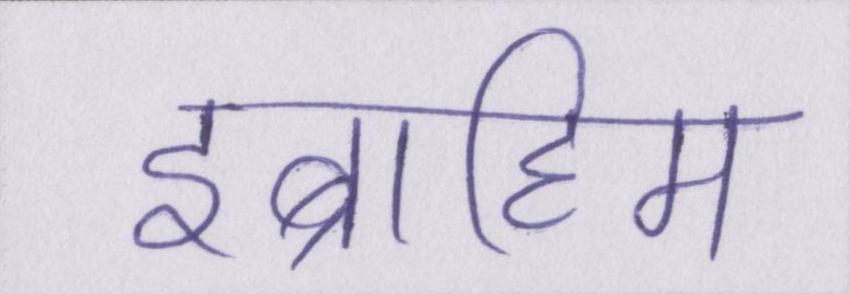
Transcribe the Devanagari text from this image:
इब्राहिम